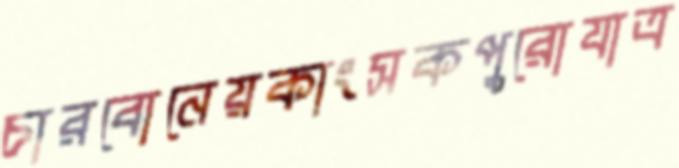
চারবোনেয়কাংসকপুরোযাত্র